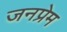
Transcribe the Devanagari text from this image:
जनप्रेम